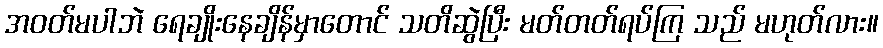
အဝတ်မပါဘဲ ရေချိုးနေချိန်မှာတောင် သတိဆွဲပြီး မတ်တတ်ရပ်ကြ သည် မဟုတ်လား။